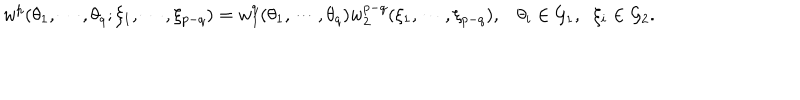
w ^ { p } ( \theta _ { 1 } , \cdots , \theta _ { q } ; \xi _ { 1 } , \cdots , \xi _ { p - q } ) = w _ { 1 } ^ { q } ( \theta _ { 1 } , \cdots , \theta _ { q } ) w _ { 2 } ^ { p - q } ( \xi _ { 1 } , \cdots , \xi _ { p - q } ) , \theta _ { i } \in { \cal G } _ { 1 } , \; \; \xi _ { i } \in { \cal G } _ { 2 } .